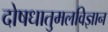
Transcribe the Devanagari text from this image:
दोषधातुमलविज्ञान